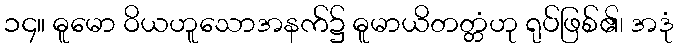
၁၄။ ဓူမော ဝိယဟူသောအနက်၌ ဓူမာယိတတ္တံဟု ရုပ်ဖြစ်၏၊ အဒုံ